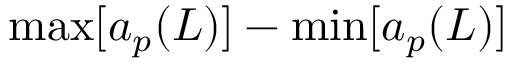
\operatorname* { m a x } [ a _ { p } ( L ) ] - \operatorname* { m i n } [ a _ { p } ( L ) ]